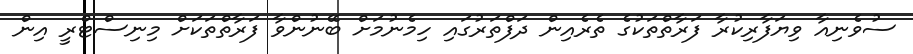
ސުވެނިއާ ވިޔަފާރިކުރާ ފަރާތްތަކުގެ ތެރެއިން ދަފްތަރުގައި ހިމެނުމަށް ބޭނުންވާ ފަރާތްތަކަށް މިނިސްޓްރީ އިން